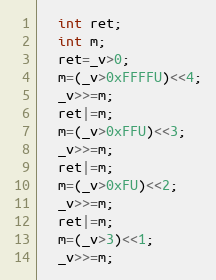
Language: C
  int ret;
  int m;
  ret=_v>0;
  m=(_v>0xFFFFU)<<4;
  _v>>=m;
  ret|=m;
  m=(_v>0xFFU)<<3;
  _v>>=m;
  ret|=m;
  m=(_v>0xFU)<<2;
  _v>>=m;
  ret|=m;
  m=(_v>3)<<1;
  _v>>=m;